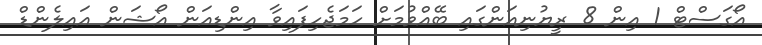
އޯގަސްޓް 1 އިން 8 ރީޔުނިއަންގައި ބޭއްވުމަށް ހަމަޖެހިފައިވާ އިންޑިއަން އޯޝަން އައިލެންޑް